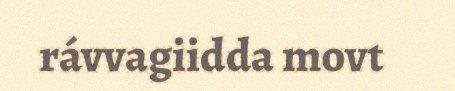
rávvagiidda movt